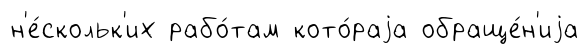
н'е́скольк'их рабо́там кото́раjа обраще́н'иjа